Report on lock hospitals in British Burma
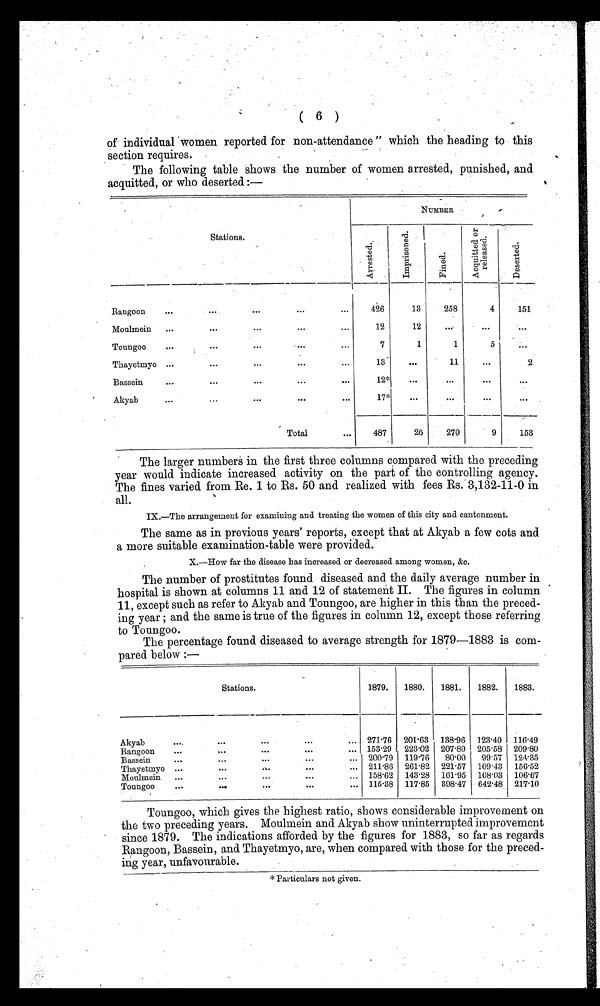
( 6 )
of individual women reported for non-attendance " which the heading to this
section requires.
The following table shows the number of women arrested, punished, and
acquitted. or who deserted :-
Stations.
NUMBER
Des er t ed.
Arrested. I mp r i s o n e d .
Fined.
Acqui t t ed or
released.
Rangoon
...
426
13
258
4
151
Moulmein
...
...
. . .
. . .
. . .
12
12
...
Toungoo
...
...
...
. . .
...
7
1
1
5
...
Thayetmyo ...
...
. . .
. . .
...
13
. . .
11
...
2
Bassein
...
...
...
...
12*
...
...
...
Akyab
...
. . .
...
17*
. . .
. . .
Total
487
26
270
9
153
The larger numbers in the first three columns compared with the preceding
year would indicate increased activity on the part of the controlling agency.
The fines varied from Re. 1 to Rs. 50 and realized with fees Rs. 3,132-11-0 in
all.
IX.—The arrangement for examining and treating the women of this city and cantonment.
The same as in previous years' reports, except that at Akyab a few cots and
a more suitable examination-table were provided.
X.—How far the disease has increased or decreased among women, &c.
The number of prostitutes found diseased and the daily average number in
hospital is shown at columns 11 and 12 of statement II. The figures in column
11, except such as refer to Akyab and Toungoo, are higher in this than the preced-
ing year ; and the same is true of the figures in column 12, except those referring
to Toungoo.
The percentage found diseased to average strength for 1879—1883 is com-
pared below :—
Stations.
1879.
1880.
1881.
1882.
1883.
Akyab
....
. . .
...
. . .
...
271.76 201.63 138.96 123.40 116.49
Rangoon
...
. . .
...
. . .
...
153.29 223.02 207.80 205.58 209.80
Bassein
...
...
...
. . .
...
200.79 119.76
80.00
99.57 124.35
Thayetmyo ...
. . .
. . .
...
211.86 261.82 221.57 109 .43 156.52
Moulmein ...
...
. . .
. . .
. . . 158.62 143.28 161.95 108.03 106.67
Toungoo
...
...
. . .
. . .
...
115.38
117.85 398.47 642.48 217.10
Toungoo, which gives the highest ratio, shows considerable improvement on
the two preceding years. Moulmein and Akyab show uninterrupted improvement
since 1879. The indications afforded by the figures for 1883, so far as regards
Rangoon, Bassein, and Thayetmyo, are, when compared with those for the preced-
ing year, unfavourable.
* Particulars not given.